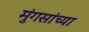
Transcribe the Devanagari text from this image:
मुंगसांच्या